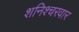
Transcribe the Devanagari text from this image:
शनिश्चरवार